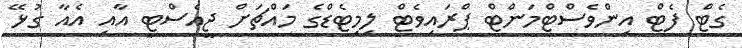
ގެޓް ފެޓް އިންވެސްޓްމަންޓް ޕްރައިވެޓް ލިމިޓެޑްގެ މައްޗަށް ޖީއެސްޓީ އާއި އެއާ ގުޅޭ